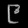
Digit: ၉